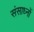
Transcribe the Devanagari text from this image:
संसाध्नों